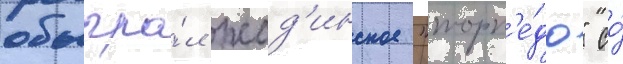
обыгра́л жод'инское "торп'е́до" со́